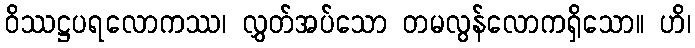
ဝိဿဋ္ဌပရလောကဿ၊ လွှတ်အပ်သော တမလွန်လောကရှိသော။ ဟိ၊